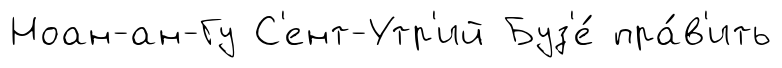
Ноан-ан-Гу С'ент-Утр'ий Буз'е́ пра́в'ить